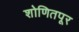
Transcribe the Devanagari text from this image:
शोणितपूर